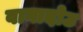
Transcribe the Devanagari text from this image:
वागादोउ